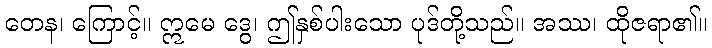
တေန၊ ကြောင့်။ ဣမေ ဒွေ၊ ဤနှစ်ပါးသော ပုဒ်တို့သည်။ အဿ၊ ထိုဇရာ၏။